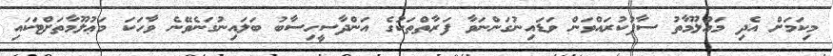
މިކަމަށް އެދި މަޢުލޫމާތު ސާފުކުރައްވަން ވަޑައިނުގަންނަވާ ފަރާތްތަކުގެ އަންދާސީހިސާބު ބަލައިނުގަނެވޭނެ ވާހަކަ މަޢުލޫމާތަށްޓަކައި